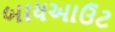
બાયઆઉટ